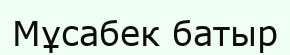
Мұсабек батыр